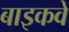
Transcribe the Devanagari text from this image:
बाइकवे